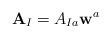
LaTeX: \begin{align*}\mathbf{A}_{I} = A_{Ia}\mathbf{w}^{a}\end{align*}